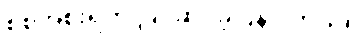
စစ်အစိုးရက ပြင်ဆင်ခဲ့ပြန်ပါတယ်။